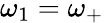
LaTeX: \omega_{1}=\omega_{+}